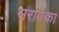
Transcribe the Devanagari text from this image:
सरावेका